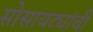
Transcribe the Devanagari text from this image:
सोसायट्यांची